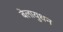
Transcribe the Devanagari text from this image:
बेलायुधन